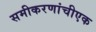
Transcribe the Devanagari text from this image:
समीकरणांचीएक